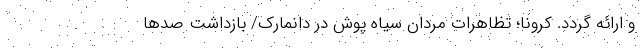
و ارائه گردد. کرونا؛ تظاهرات مردان سیاه پوش در دانمارک/ بازداشت صدها